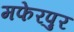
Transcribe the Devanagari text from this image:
मफेरपुर